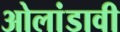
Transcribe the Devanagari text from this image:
ओलांडावी